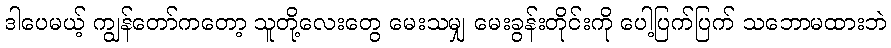
ဒါပေမယ့် ကျွန်တော်ကတော့ သူတို့လေးတွေ မေးသမျှ မေးခွန်းတိုင်းကို ပေါ့ပြက်ပြက် သဘောမထားဘဲ